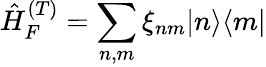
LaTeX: \hat{H}_{F}^{(T)}=\sum_{n,m}\xi_{nm}|n\rangle\langle m|